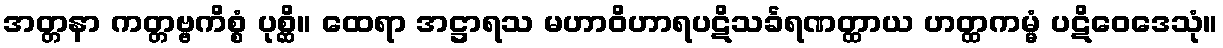
အတ္တနာ ကတ္တဗ္ဗကိစ္စံ ပုစ္ဆိ။ ထေရာ အဋ္ဌာရသ မဟာဝိဟာရပဋိသင်္ခရဏတ္ထာယ ဟတ္ထကမ္မံ ပဋိဝေဒေသုံ။